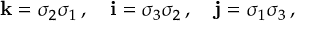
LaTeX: \mathbf { k } = \sigma _ { 2 } \sigma _ { 1 } \, , \quad \mathbf { i } = \sigma _ { 3 } \sigma _ { 2 } \, , \quad \mathbf { j } = \sigma _ { 1 } \sigma _ { 3 } \, ,